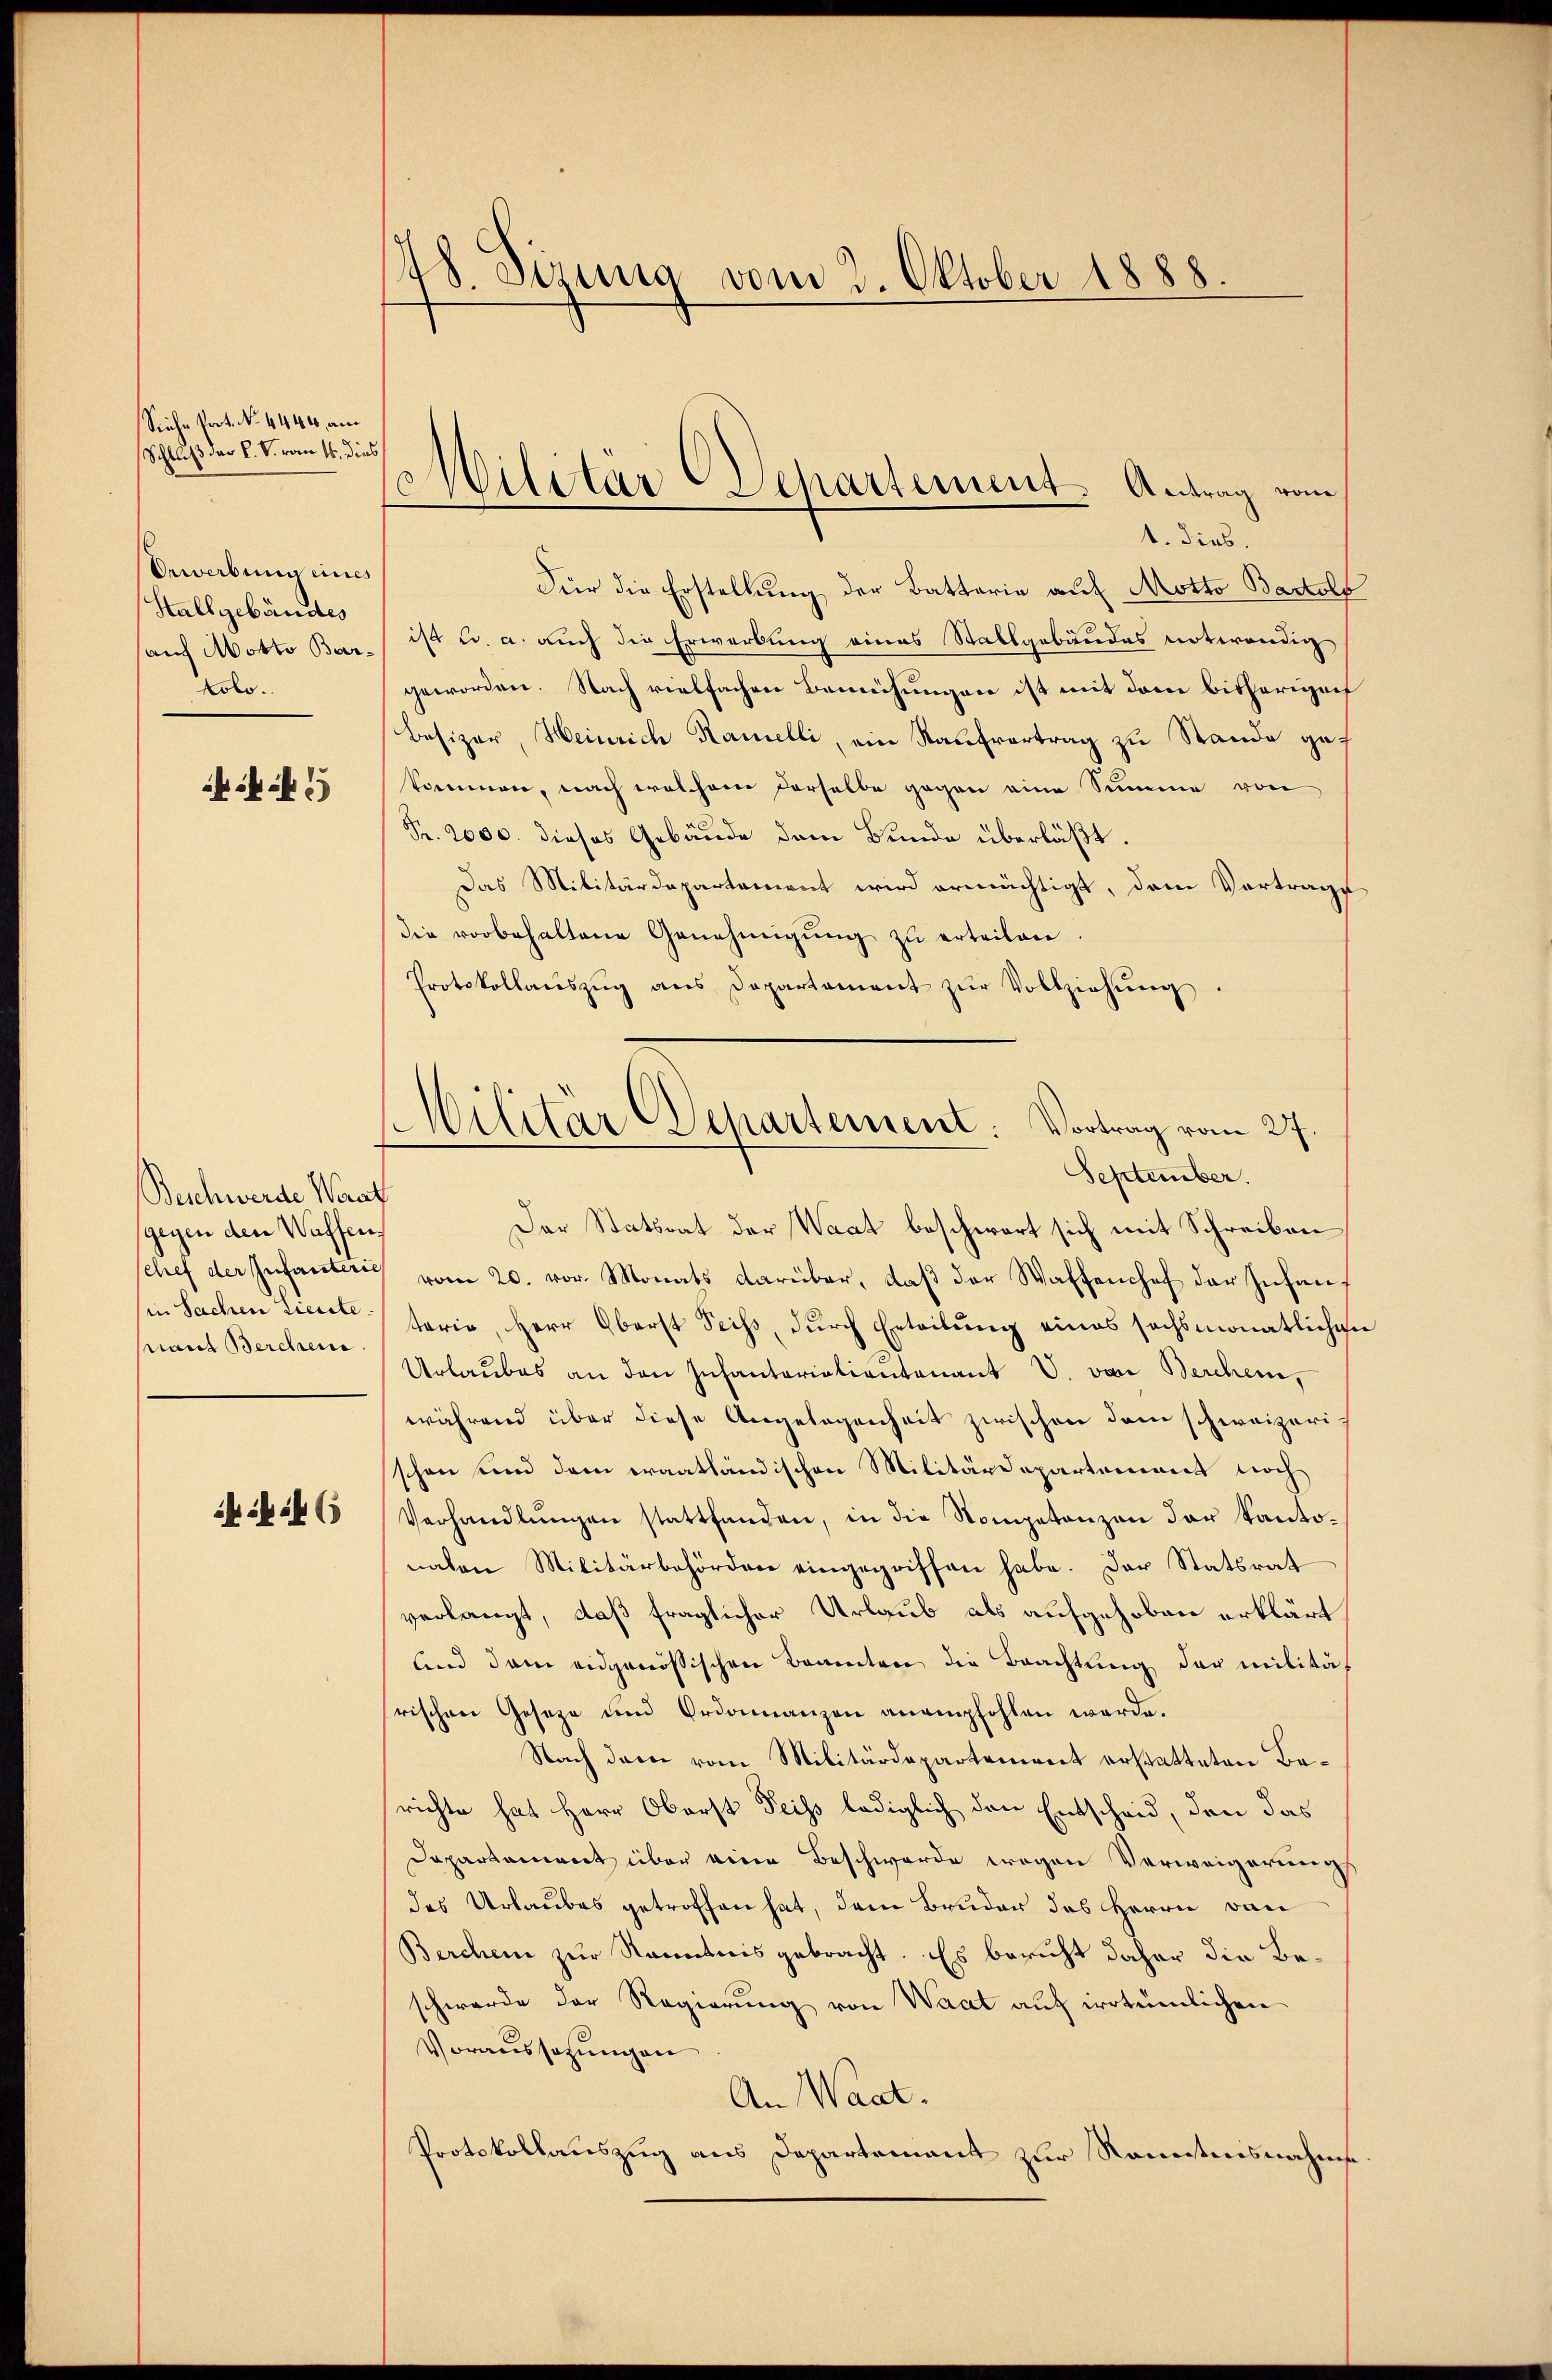
Siehe Prot. No. 4444, am
Schluß der L. V. vom 4. dies
Erwerbung eines
Stallgebäudes
auf Motto Barrolo.

546

18 Sirung vom 3. Oktober 1888.

Beschwerde Worat
sgegen den Waffen¬
(in Sachen Lieute.
Maut Berchen.

Militär CDepartement. Antrag vom
1. dies

Für die Erstellung der Batterie auf Motto Bartols
ist u. a. auch die Erwerbung eines Stallgebäudes notwendig
geworden. Nach vielfachen Bemühungen ist mit dem bisherigen
Besizer, Heinrich Kamelli, ein Kaufvertrag zu Stande gef
kommen, nach welchem derselbe gegen eine Summe von
Pr. 2000. dieses Gebäude dem Bunde überläßt.
Das Militärdepartement wird ermächtigt, dem Vortrage
die vorbehaltene Genehmigŭng zŭ erteilen.
Protokollauszug aus Departement zur Vollziehung
Der Statsrat der Waat beschwert sich mit Schreiben
schef der Infanteres vom 20. vor. Monats darüber, daß der Waffenchef der Infanf
terie, Herr Oberst Seiβ, dŭrch Erteilŭng eines sechsmonatlichen
Urlaubes an den Inhantariationtonant V. von Berchen,
während über diese Angelegenheit zwischen dem schweizerischon sind dem eraathändischen Militärdepartement noch
Verhandlŭngen stattfanden, in die Kompetanzen der Kantonaten Militärbehörden eingegriffen habe. Der Statsrat
verlangt, daß fraglicher Urlaub als aufgehoben erklärt
lnd dem eidgenössischen Beamten die Brachtung der militär
rischen Geseze und Ordonnanzen anempfohlen werde.
Nach dem vom Militärdepartement erstatteten Berichte hat Herr Oberst Teiss lediglich den Entscheid, den das
Dapartement über eine Beschwerde wegen Verweigerungs
des Urlaubes getroffen hat, dem Bruder des Herrn von
Berchene zur Kenntnis gebracht. Es bericht daher die Beschwerde der Regierung von Waat auf irrtümlichen
Voraussetzungen
An Waat.
Protokollauszug aus Departement zur Kenntnisnahme

Militär Departement: Vortrag vom 27.
September.